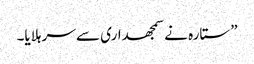
”ستارہ نے سمجھداری سے سر ہلایا۔